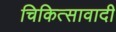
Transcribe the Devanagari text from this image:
चिकित्सावादी